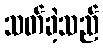
သတ်ခဲ့သည်